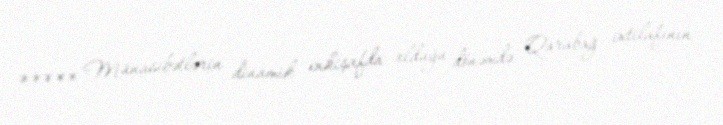
***** Münasibətlərin dinamik inkişafda olduğu dönəmdə Qarabağ ixtilafının